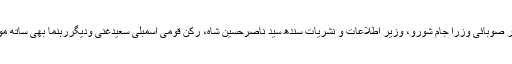
اس موقع پر صوبائی وزرا جام شورو، وزیر اطلاعات و نشریات سندھ سید ناصرحسین شاہ، رکن قومی اسمبلی سعیدغنی ودیگررہنما بھی ساتھ موجود تھے۔